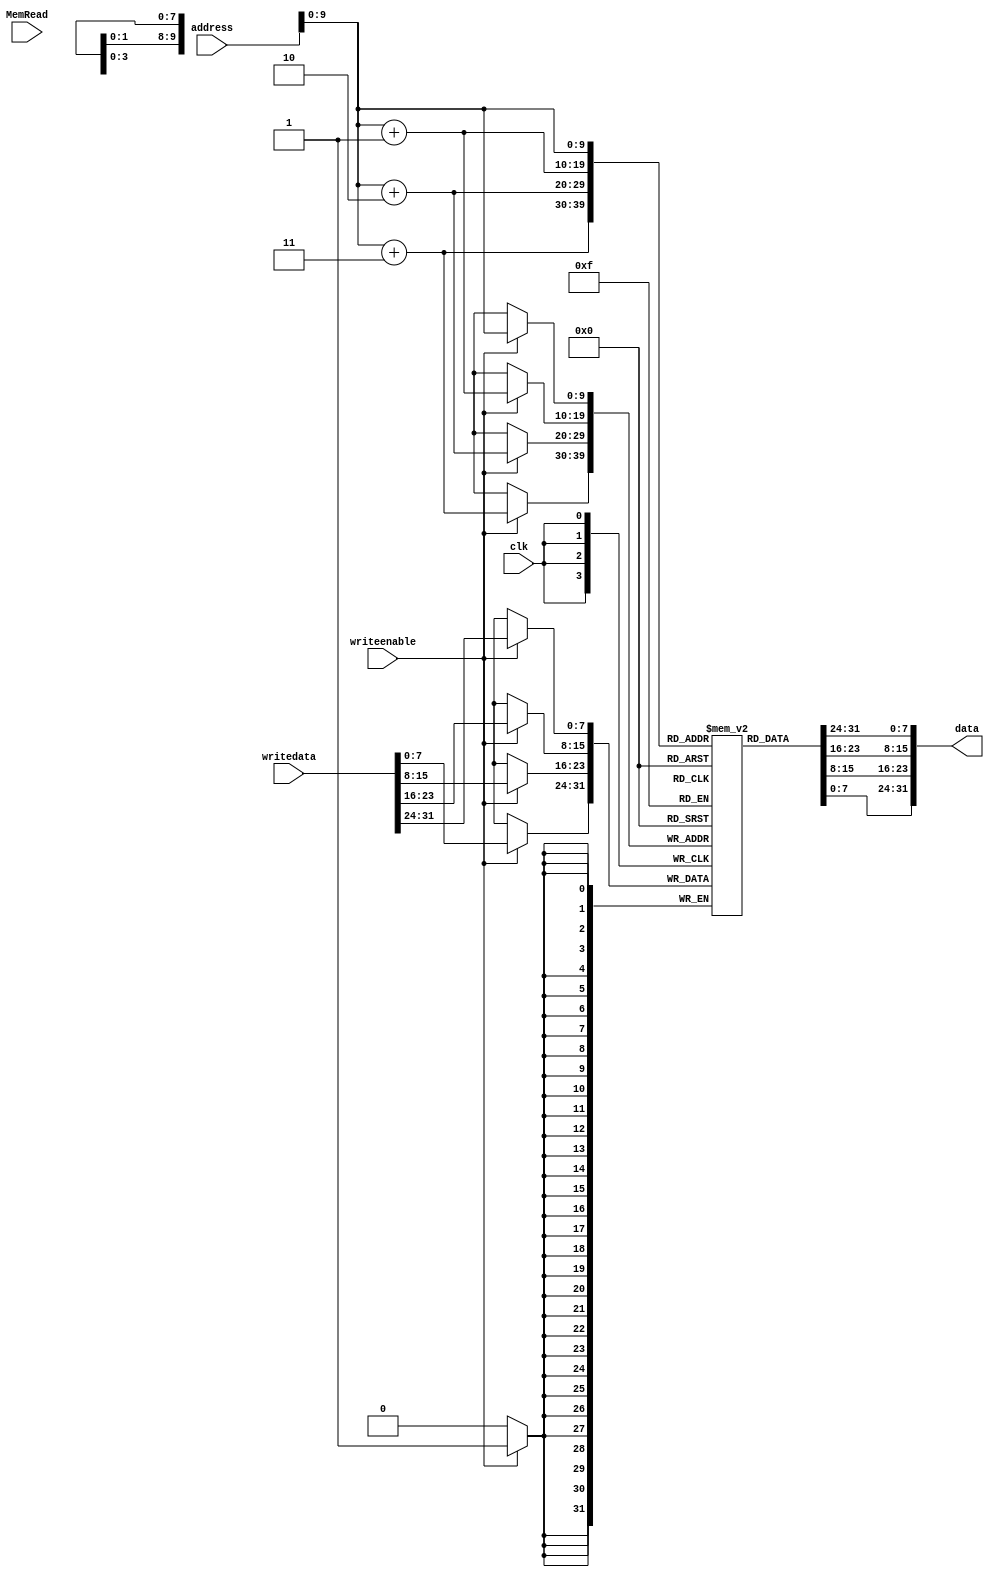
`timescale 1 ps / 100 fs
// fpga4student.com: FPGA projects, Verilog Projects, VHDL projects
// Verilog project: 32-bit 5-stage Pipelined MIPS Processor in Verilog 
// Data Memory 
module dataMem(data, address, writedata, writeenable,MemRead,clk);

input [31:0] address, writedata;
input writeenable,MemRead, clk;
output [31:0] data;
reg [7:0] datamem[1023:0];
reg [31:0] temp;

buf #1000 buf0(data[0],temp[0]),
   buf1(data[1],temp[1]),
   buf2(data[2],temp[2]),
   buf3(data[3],temp[3]),
   buf4(data[4],temp[4]),
   buf5(data[5],temp[5]),
   buf6(data[6],temp[6]),
   buf7(data[7],temp[7]),
   buf8(data[8],temp[8]),
   buf9(data[9],temp[9]),
   buf10(data[10],temp[10]),
   buf11(data[11],temp[11]),
   buf12(data[12],temp[12]),
   buf13(data[13],temp[13]),
   buf14(data[14],temp[14]),
   buf15(data[15],temp[15]),
   buf16(data[16],temp[16]),
   buf17(data[17],temp[17]),
   buf18(data[18],temp[18]),
   buf19(data[19],temp[19]),
   buf20(data[20],temp[20]),
   buf21(data[21],temp[21]),
   buf22(data[22],temp[22]),
   buf23(data[23],temp[23]),
   buf24(data[24],temp[24]),
   buf25(data[25],temp[25]),
   buf26(data[26],temp[26]),
   buf27(data[27],temp[27]),
   buf28(data[28],temp[28]),
   buf29(data[29],temp[29]),
   buf30(data[30],temp[30]),
   buf31(data[31],temp[31]);

always @(posedge clk)
 if (writeenable)
 begin
  datamem[address]=writedata[31:24];
  datamem[address+1]=writedata[23:16];
  datamem[address+2]=writedata[15:8];
  datamem[address+3]=writedata[7:0];
 end

always @(address or datamem[address] or datamem[address+1] or datamem[address+2] or datamem[address+3])
begin
 temp={datamem[address],datamem[address+1],datamem[address+2],datamem[address+3]};
end

// initial
// begin
// $readmemh("data.dat", datamem);
// end

endmodule